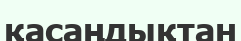
қасаңдықтан